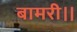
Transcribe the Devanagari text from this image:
बामरी।।